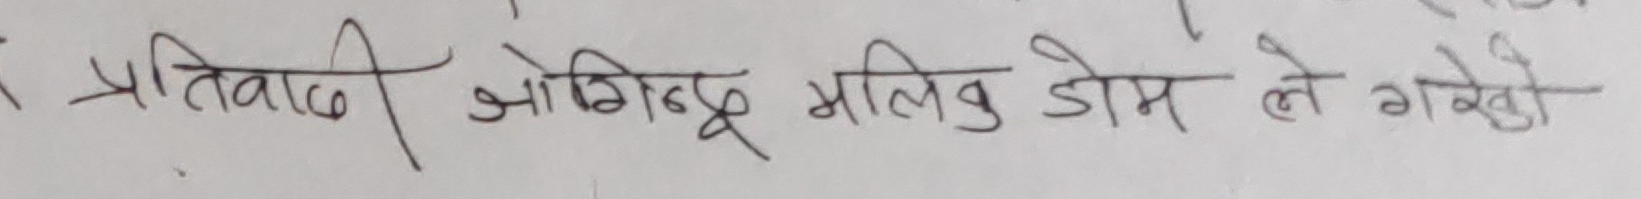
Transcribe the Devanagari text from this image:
प्रतिवादी जोगिन्द्र मलिक डाम ले गयेको